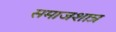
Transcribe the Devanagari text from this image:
समाजशात्र